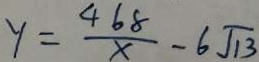
y = \frac { 4 6 8 } { x } - 6 \sqrt { 1 3 }